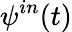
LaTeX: \mathbf{\psi}^{in}(\textit{t})